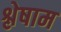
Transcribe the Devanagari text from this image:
श्लेषाम